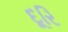
દૂરિ